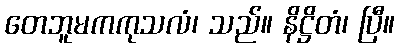
တေဘူမကကုသလံ၊ သည်။ နိဋ္ဌိတံ၊ ပြီ။